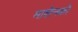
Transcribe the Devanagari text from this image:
माशेनको